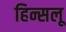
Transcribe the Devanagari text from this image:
हिन्सलू